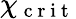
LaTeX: \chi_{\mathrm{~c~r~i~t~}}